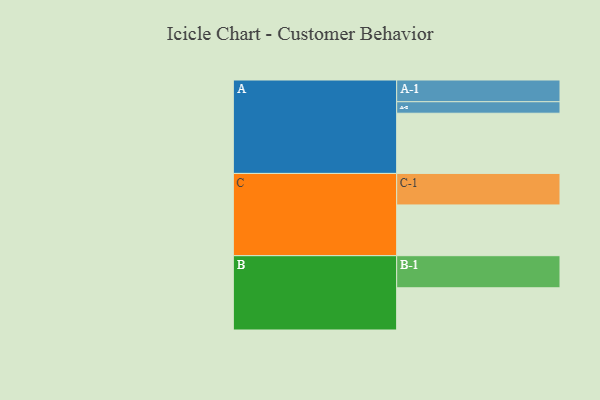
{"axis": {"x": "Segment", "y": "Value"}, "legend": ["", "A", "B", "C"], "data": [{"x": "A", "y": 529, "type": ""}, {"x": "B", "y": 371, "type": ""}, {"x": "C", "y": 446, "type": ""}, {"x": "A-1", "y": 191, "type": "A"}, {"x": "A-2", "y": 101, "type": "A"}, {"x": "B-1", "y": 282, "type": "B"}, {"x": "C-1", "y": 277, "type": "C"}]}